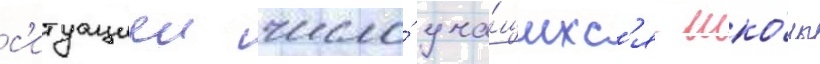
с'итуациеи число́ уча́щихс'я шко́лы